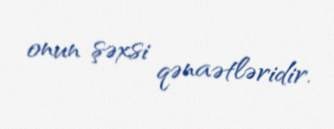
onun şəxsi qənaətləridir.